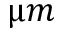
\upmu m